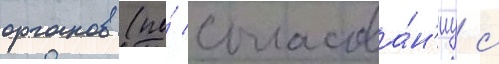
органов (по́ согласова́н'иу с